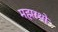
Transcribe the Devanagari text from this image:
महारथो